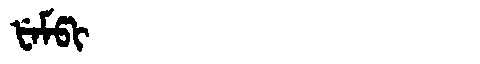
Manchu: ᡶᡝᠮᡦᡳ
Romanization: FEMPI